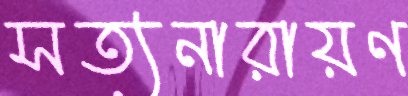
সত্যনারায়ণ